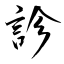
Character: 診